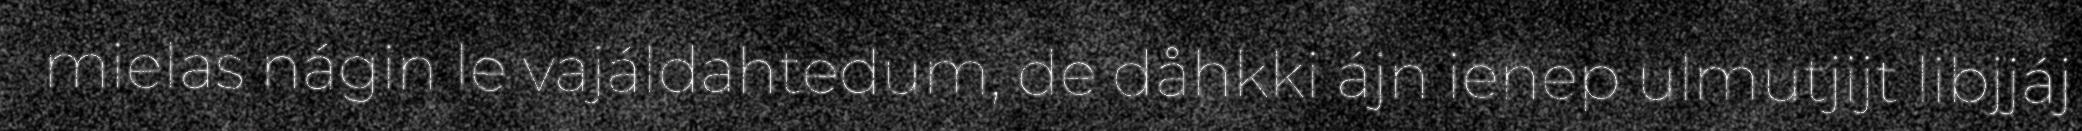
mielas nágin le vajáldahtedum, de dåhkki ájn ienep ulmutjijt libjjáj